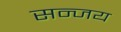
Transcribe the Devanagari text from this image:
सन्जय